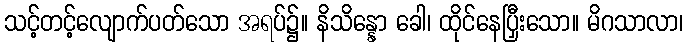
သင့်တင့်လျောက်ပတ်သော အရပ်၌။ နိသိန္နော ခေါ၊ ထိုင်နေပြှီးသော။ မိဂသာလာ၊